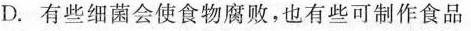
D.有些细菌会使食物腐败，也有些可制作食品